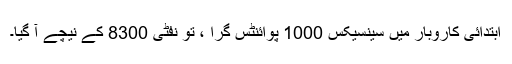
ابتدائی کاروبار میں سینسیکس 1000 پوائنٹس گرا ، تو نفٹی 8300 کے نیچے آ گیا۔